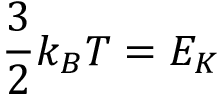
\frac { 3 } { 2 } k _ { B } T = E _ { K }